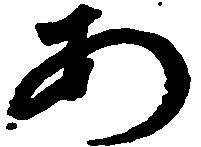
あ